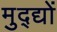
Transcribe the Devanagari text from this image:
मुद्द्यों